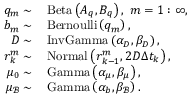
\begin{array} { r l } { q _ { m } \sim } & { { } \, \mathrm { B e t a } \left( A _ { q } , B _ { q } \right) , \, \, m = 1 : \infty , } \\ { b _ { m } \sim } & { { } \, \mathrm { B e r n o u l l i } \left( q _ { m } \right) , } \\ { D \sim } & { { } \, \mathrm { I n v G a m m a } \left( \alpha _ { D } , \beta _ { D } \right) , } \\ { \boldsymbol { r } _ { k } ^ { m } \sim } & { { } \, \mathrm { N o r m a l } \left( \boldsymbol { r } _ { k - 1 } ^ { m } , 2 D \Delta t _ { k } \right) , } \\ { \mu _ { 0 } \sim } & { { } \, \mathrm { G a m m a } \left( \alpha _ { \mu } , \beta _ { \mu } \right) , } \\ { \mu _ { \mathcal { B } } \sim } & { { } \, \mathrm { G a m m a } \left( \alpha _ { b } , \beta _ { \mathcal { B } } \right) . } \end{array}